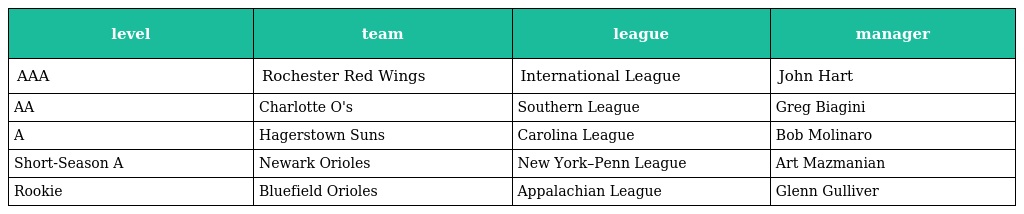
| level | team | league | manager |
 | --- | --- | --- | --- |
 | AAA | Rochester Red Wings | International League | John Hart |
 | AA | Charlotte O's | Southern League | Greg Biagini |
 | A | Hagerstown Suns | Carolina League | Bob Molinaro |
 | Short-Season A | Newark Orioles | New York–Penn League | Art Mazmanian |
 | Rookie | Bluefield Orioles | Appalachian League | Glenn Gulliver |